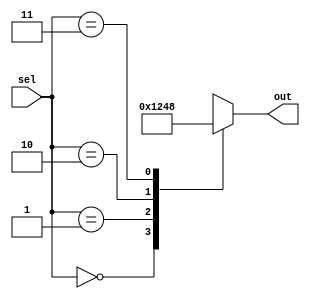
`timescale 1ns / 1ps
//////////////////////////////////////////////////////////////////////////////////
// Company: 
// Engineer: 
// 
// Design Name: 
// Module Name: decode24
// Project Name: 
// Target Devices: 
// Tool Versions: 
// Description: 
// 
// Dependencies: 
// 
// Revision:
// Revision 0.01 - File Created
// Additional Comments:
// 
//////////////////////////////////////////////////////////////////////////////////


module decode24(
	output reg [3:0] out,
	input wire [1:0] sel
    );
    always @(*) begin
	    case (sel)
		    2'b00 : out = 4'b0001; 
		    2'b01 : out = 4'b0010;
		    2'b10 : out = 4'b0100;
		    2'b11 : out = 4'b1000;
	    endcase
    end   
endmodule